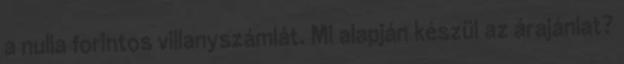
a nulla forintos villanyszámlát. Mi alapján készül az árajánlat?